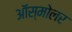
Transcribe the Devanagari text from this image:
ऑस्मोलर